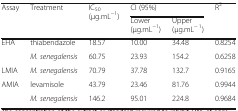
<table><thead><tr><td rowspan="2"><b>Assay</b></td><td rowspan="2"><b>Treatment</b></td><td rowspan="2"><b>IC<sub>50</sub> (μg.mL<sup>−1</sup>)</b></td><td colspan="2"><b>CI (95%)</b></td><td rowspan="2"><b>R<sup>2</sup></b></td></tr><tr><td><b>Lower (μg.mL<sup>−1</sup>)</b></td><td><b>Upper (μg.mL<sup>− 1</sup>)</b></td></tr></thead><tbody><tr><td rowspan="2">EHA</td><td>thiabendazole</td><td>18.57</td><td>10.00</td><td>34.48</td><td>0.8254</td></tr><tr><td><i>M. senegalensis</i></td><td>60.75</td><td>23.93</td><td>154.2</td><td>0.6258</td></tr><tr><td>LMIA</td><td><i>M. senegalensis</i></td><td>70.79</td><td>37.78</td><td>132.7</td><td>0.9165</td></tr><tr><td rowspan="2">AMIA</td><td>levamisole</td><td>43.79</td><td>23.46</td><td>81.76</td><td>0.9944</td></tr><tr><td><i>M. senegalensis</i></td><td>146.2</td><td>95.01</td><td>224.8</td><td>0.9684</td></tr></tbody></table>